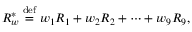
\boldsymbol { R } _ { \boldsymbol { w } } ^ { * } \stackrel { \mathrm { d e f } } { = } w _ { 1 } \boldsymbol { R } _ { 1 } + w _ { 2 } \boldsymbol { R } _ { 2 } + \cdots + w _ { 9 } \boldsymbol { R } _ { 9 } ,